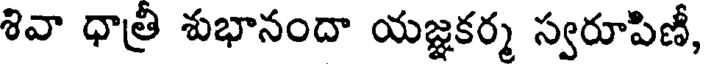
శివా ధాత్రి శుభానందా యజ్ఞకర్మ స్వరూపిణీ,